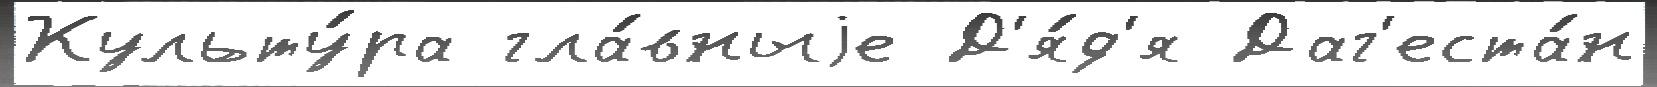
Культу́ра гла́вныjе Д'я́д'я Даг'еста́н